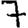
Digit: 7